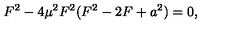
F ^ { 2 } - 4 \mu ^ { 2 } F ^ { 2 } ( F ^ { 2 } - 2 F + a ^ { 2 } ) = 0 ,